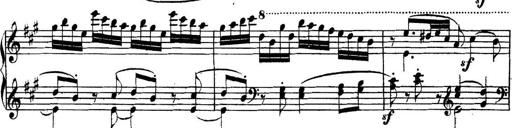
Title: Collected Piano Sonatas
Composer: Muzio Clementi